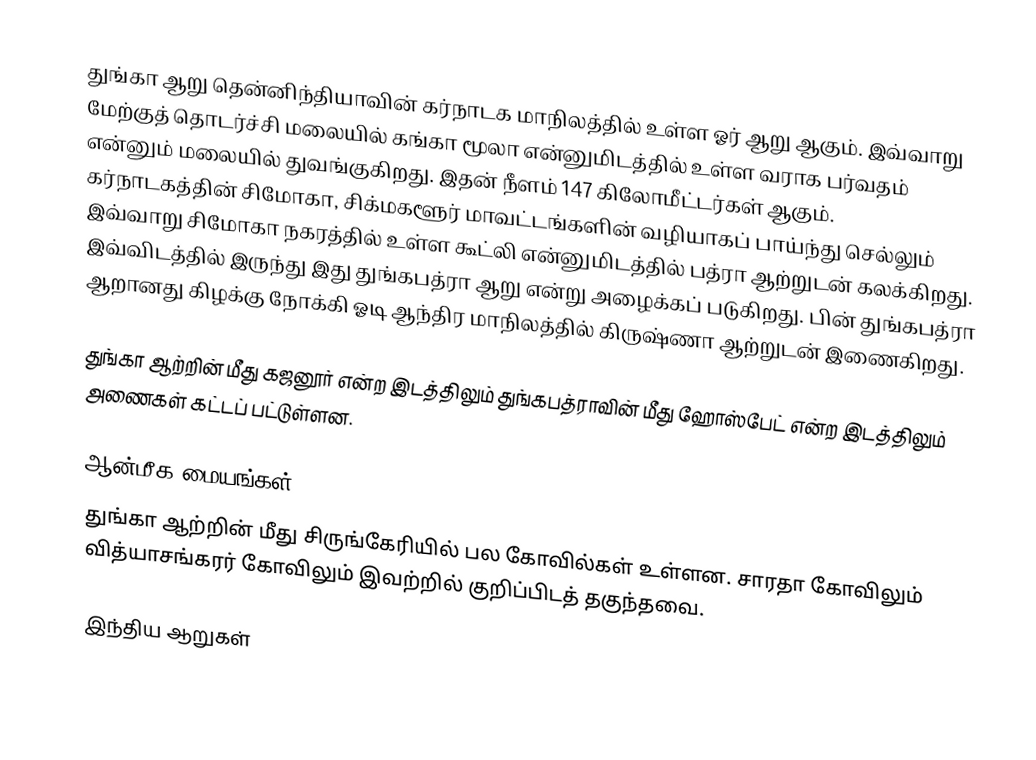
துங்கா ஆறு தென்னிந்தியாவின் கர்நாடக மாநிலத்தில் உள்ள ஓர் ஆறு ஆகும். இவ்வாறு மேற்குத் தொடர்ச்சி மலையில் கங்கா மூலா என்னுமிடத்தில் உள்ள வராக பர்வதம் என்னும் மலையில் துவங்குகிறது. இதன் நீளம் 147 கிலோமீட்டர்கள் ஆகும். கர்நாடகத்தின் சிமோகா, சிக்மகளூர் மாவட்டங்களின் வழியாகப் பாய்ந்து செல்லும் இவ்வாறு சிமோகா நகரத்தில் உள்ள கூட்லி என்னுமிடத்தில் பத்ரா ஆற்றுடன் கலக்கிறது. இவ்விடத்தில் இருந்து இது துங்கபத்ரா ஆறு என்று அழைக்கப் படுகிறது. பின் துங்கபத்ரா ஆறானது கிழக்கு நோக்கி ஓடி ஆந்திர மாநிலத்தில் கிருஷ்ணா ஆற்றுடன் இணைகிறது.

துங்கா ஆற்றின் மீது கஜனூர் என்ற இடத்திலும் துங்கபத்ராவின் மீது ஹோஸ்பேட் என்ற இடத்திலும் அணைகள் கட்டப் பட்டுள்ளன.

ஆன்மீக மையங்கள்
துங்கா ஆற்றின் மீது சிருங்கேரியில் பல கோவில்கள் உள்ளன. சாரதா கோவிலும் வித்யாசங்கரர் கோவிலும் இவற்றில் குறிப்பிடத் தகுந்தவை.

இந்திய ஆறுகள்